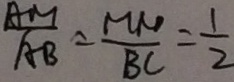
\frac { A M } { A B } = \frac { M N } { B C } = \frac { 1 } { 2 }